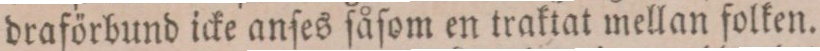
draförbund icke anſes ſåſom en traktat mellan folken.